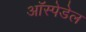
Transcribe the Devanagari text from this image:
ऑस्पेडेल